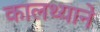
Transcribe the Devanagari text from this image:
कालथ्याने